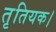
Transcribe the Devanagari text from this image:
तृतियक।